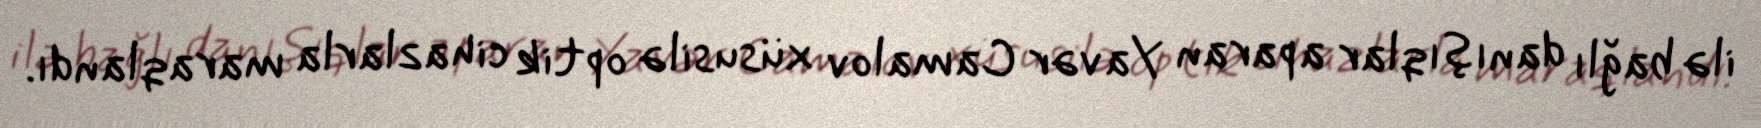
ilə bağlı danışıqlar aparan Yavər Camalov xüsusilə optik cihazlarla maraqlandı.